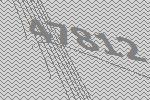
47812